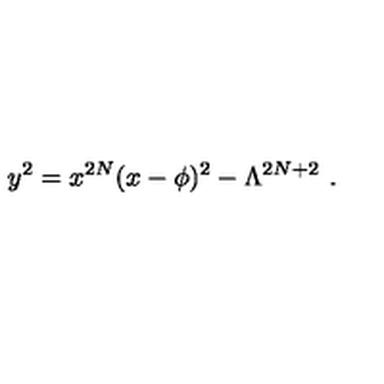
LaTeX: y ^ { 2 } = x ^ { 2 N } ( x - \phi ) ^ { 2 } - \Lambda ^ { 2 N + 2 } \ .